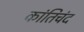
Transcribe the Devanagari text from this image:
कांतिचंद